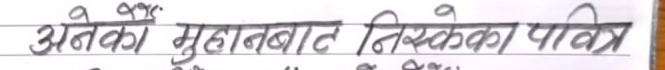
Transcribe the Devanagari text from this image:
अनेको मुखबाट निस्केका पवित्र